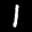
Label: 1